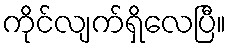
ကိုင်လျက်ရှိလေပြီ။